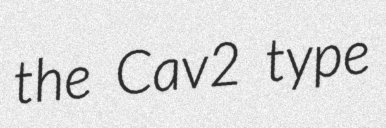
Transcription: the Cav2 type